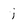
Character: i